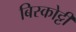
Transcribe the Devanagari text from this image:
बिस्कोट्टी